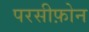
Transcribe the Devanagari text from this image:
परसीफ़ोन